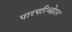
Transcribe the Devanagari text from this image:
पारपरिच्छेदन